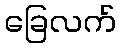
ခြေလက်